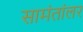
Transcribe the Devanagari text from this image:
सामंतांलर